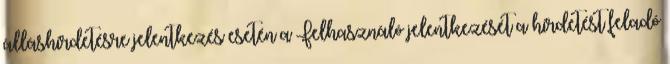
álláshirdetésre jelentkezés esetén a Felhasználó jelentkezését a hirdetést feladó